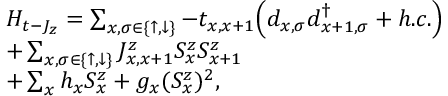
\begin{array} { r l } & { H _ { t - J _ { z } } = \sum _ { x , \sigma \in \{ \uparrow , \downarrow \} } { - t _ { x , x + 1 } { \left( d _ { x , \sigma } d _ { x + 1 , \sigma } ^ { \dagger } + h . c . \right) } } } \\ & { + \sum _ { x , \sigma \in \{ \uparrow , \downarrow \} } J _ { x , x + 1 } ^ { z } S _ { x } ^ { z } S _ { x + 1 } ^ { z } } \\ & { + \sum _ { x } { h _ { x } S _ { x } ^ { z } + g _ { x } ( S _ { x } ^ { z } ) ^ { 2 } , } } \end{array}